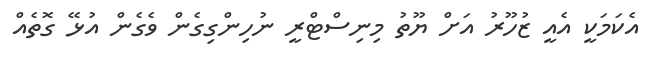
އެކަމަކީ އެއީ ޒުހޫރު އަށް ޔޫތު މިނިސްޓްރީ ނުހިންގިގެން ވެގެން އުޅޭ ގޮތެއް